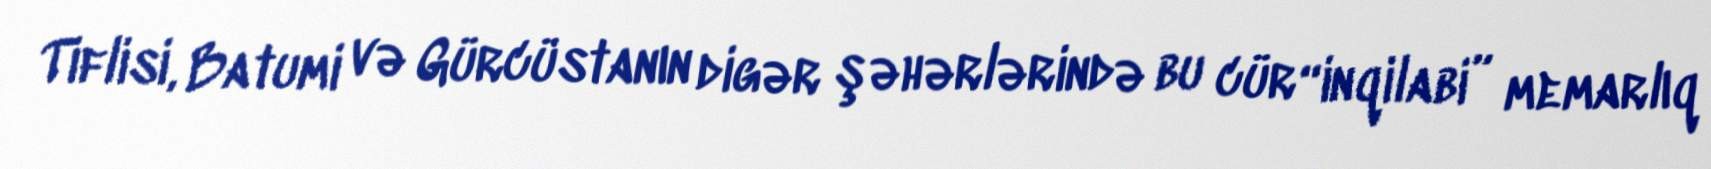
Tiflisi, Batumi və Gürcüstanın digər şəhərlərində bu cür “inqilabi” memarlıq